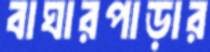
বাঘারপাড়ার